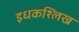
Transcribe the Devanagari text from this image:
इधकश्लिख